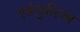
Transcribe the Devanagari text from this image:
एडेन्टुलिज्म